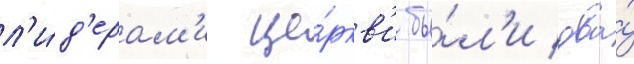
л'и́д'ерам'и це́ркв'и бы́л'и два́